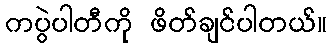
ကပွဲပါတီကို ဖိတ်ချင်ပါတယ်။